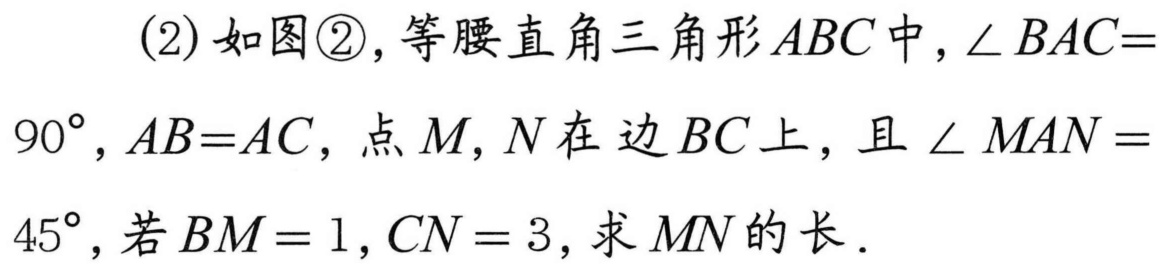
(2)如图\textcircled{2}，等腰直角三角形\(ABC\)中，\(\angle BAC = 90^{\circ}\)，\(AB = AC\)，点\(M,N\)在边\(BC\)上，且\(\angle MAN = 45^{\circ}\)，若\(BM = 1\)，\(CN = 3\)，求\(MN\)的长．